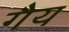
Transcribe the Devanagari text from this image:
गैय